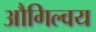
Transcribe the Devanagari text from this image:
औगिल्वय